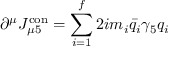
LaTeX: \partial ^ { \mu } J _ { \mu 5 } ^ { \mathrm { c o n } } = \sum _ { i = 1 } ^ { f } 2 i m _ { i } \bar { q } _ { i } \gamma _ { 5 } q _ { i }